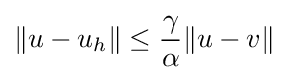
\|u-u_{h}\|\leq {\frac {\gamma }{\alpha }}\|u-v\|